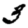
Digit: 3